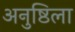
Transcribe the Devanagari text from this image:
अनुष्ठिला